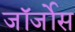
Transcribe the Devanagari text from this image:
जॉर्जोस